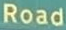
Road